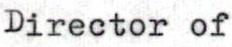
Director of